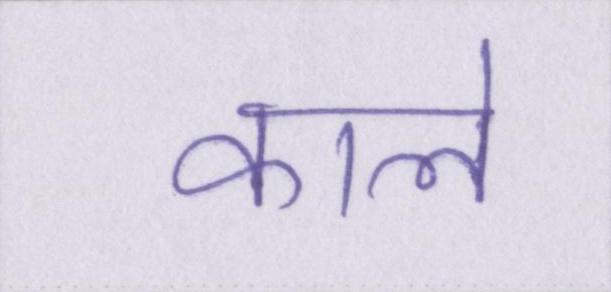
काले